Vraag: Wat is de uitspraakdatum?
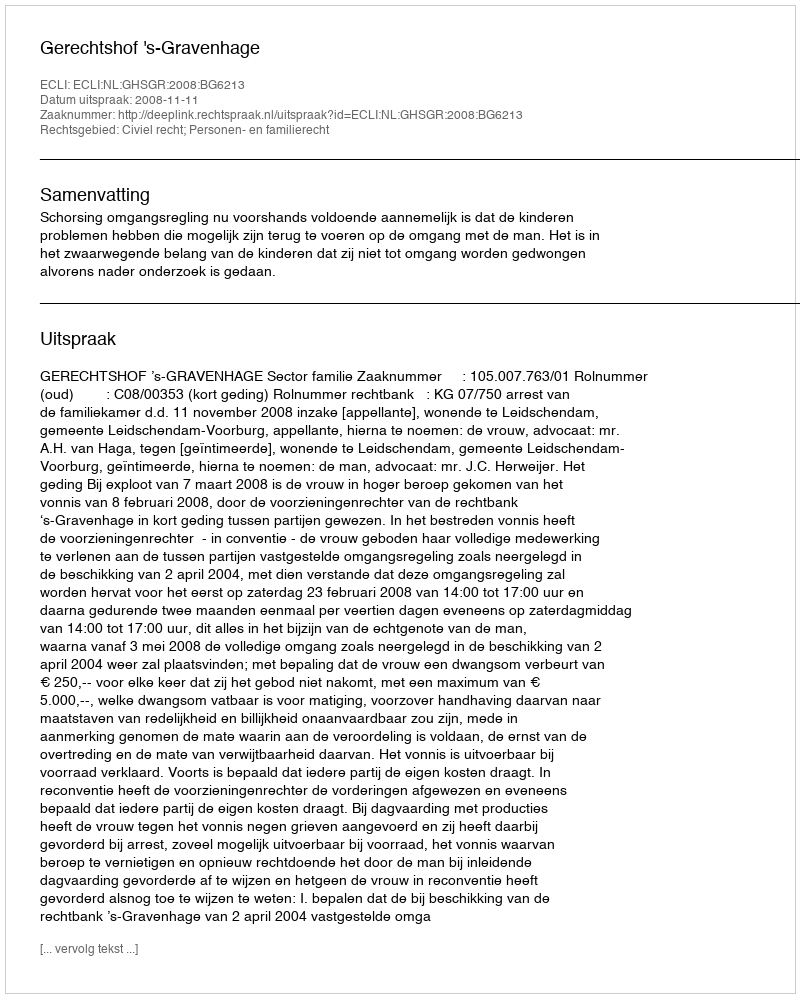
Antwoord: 2008-11-11